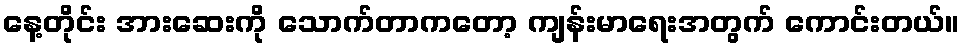
နေ့တိုင်း အားဆေးကို သောက်တာကတော့ ကျန်းမာရေးအတွက် ကောင်းတယ်။